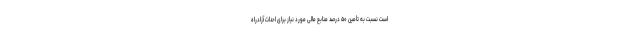
است نسبت به تأمین ۵۰ درصد منابع مالی مورد نیاز برای احداث آزادراه